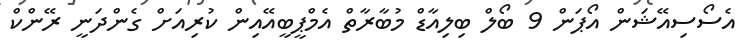
އެސޯސިއޭޝަން އޯޕަން 9 ބޯލް ބިލިއާޑް މުބާރާތް އެމްޕީބީއޭއިން ކުރިއަށް ގެންދަނީ ރޭންކް